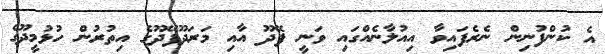
އެ ކުންފުނިން ނެރެފައިވާ އިއުލާނެއްގައި ވަނީ ފޭދޫ އާއި މަރަދޫފޭދޫގެ އިތުރުން ހުޅުމީދޫގެ